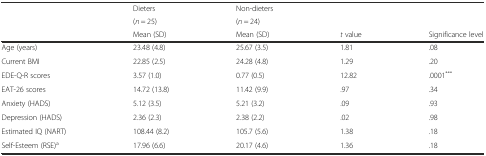
| <ROWSPAN=2>  | Dieters | Non-dieters | <ROWSPAN=2>  | <ROWSPAN=2>  |
 | (n = 25) | (n = 24) |
 |  | Mean (SD) | Mean (SD) | t value | Significance level |
 | --- | --- | --- | --- | --- |
 | Age (years) | 23.48 (4.8) | 25.67 (3.5) | 1.81 | .08 |
 | Current BMI | 22.85 (2.5) | 24.28 (4.8) | 1.29 | .20 |
 | EDE-Q-R scores | 3.57 (1.0) | 0.77 (0.5) | 12.82 | .0001*** |
 | EAT-26 scores | 14.72 (13.8) | 11.42 (9.9) | .97 | .34 |
 | Anxiety (HADS) | 5.12 (3.5) | 5.21 (3.2) | .09 | .93 |
 | Depression (HADS) | 2.36 (2.3) | 2.38 (2.2) | .02 | .98 |
 | Estimated IQ (NART) | 108.44 (8.2) | 105.7 (5.6) | 1.38 | .18 |
 | Self-Esteem (RSE)a | 17.96 (6.6) | 20.17 (4.6) | 1.36 | .18 |